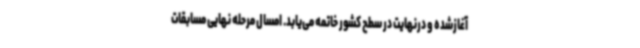
آغازشده و درنهایت در سطح کشور خاتمه می‌یابد. امسال مرحله نهایی مسابقات